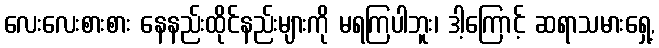
လေးလေးစားစား နေနည်းထိုင်နည်းများကို မရကြပါဘူး၊ ဒါ့ကြောင့် ဆရာသမားရှေ့,